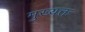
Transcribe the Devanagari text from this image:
मुख्यत्तः